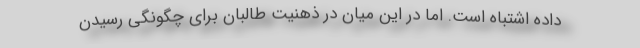
داده اشتباه است. اما در این میان در ذهنیت طالبان برای چگونگی رسیدن